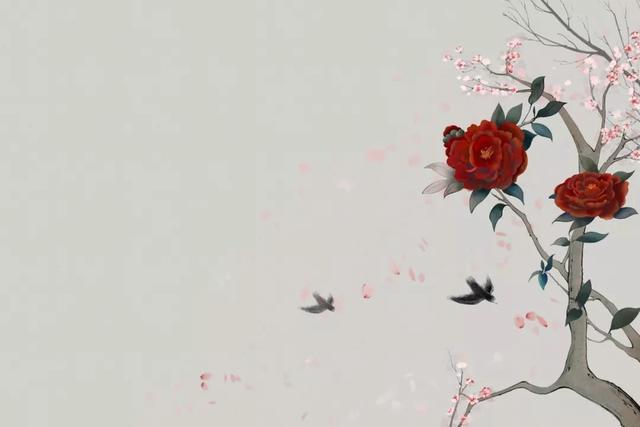
渡头馀落日，墟里上孤烟。